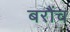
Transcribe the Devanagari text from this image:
बरौंच